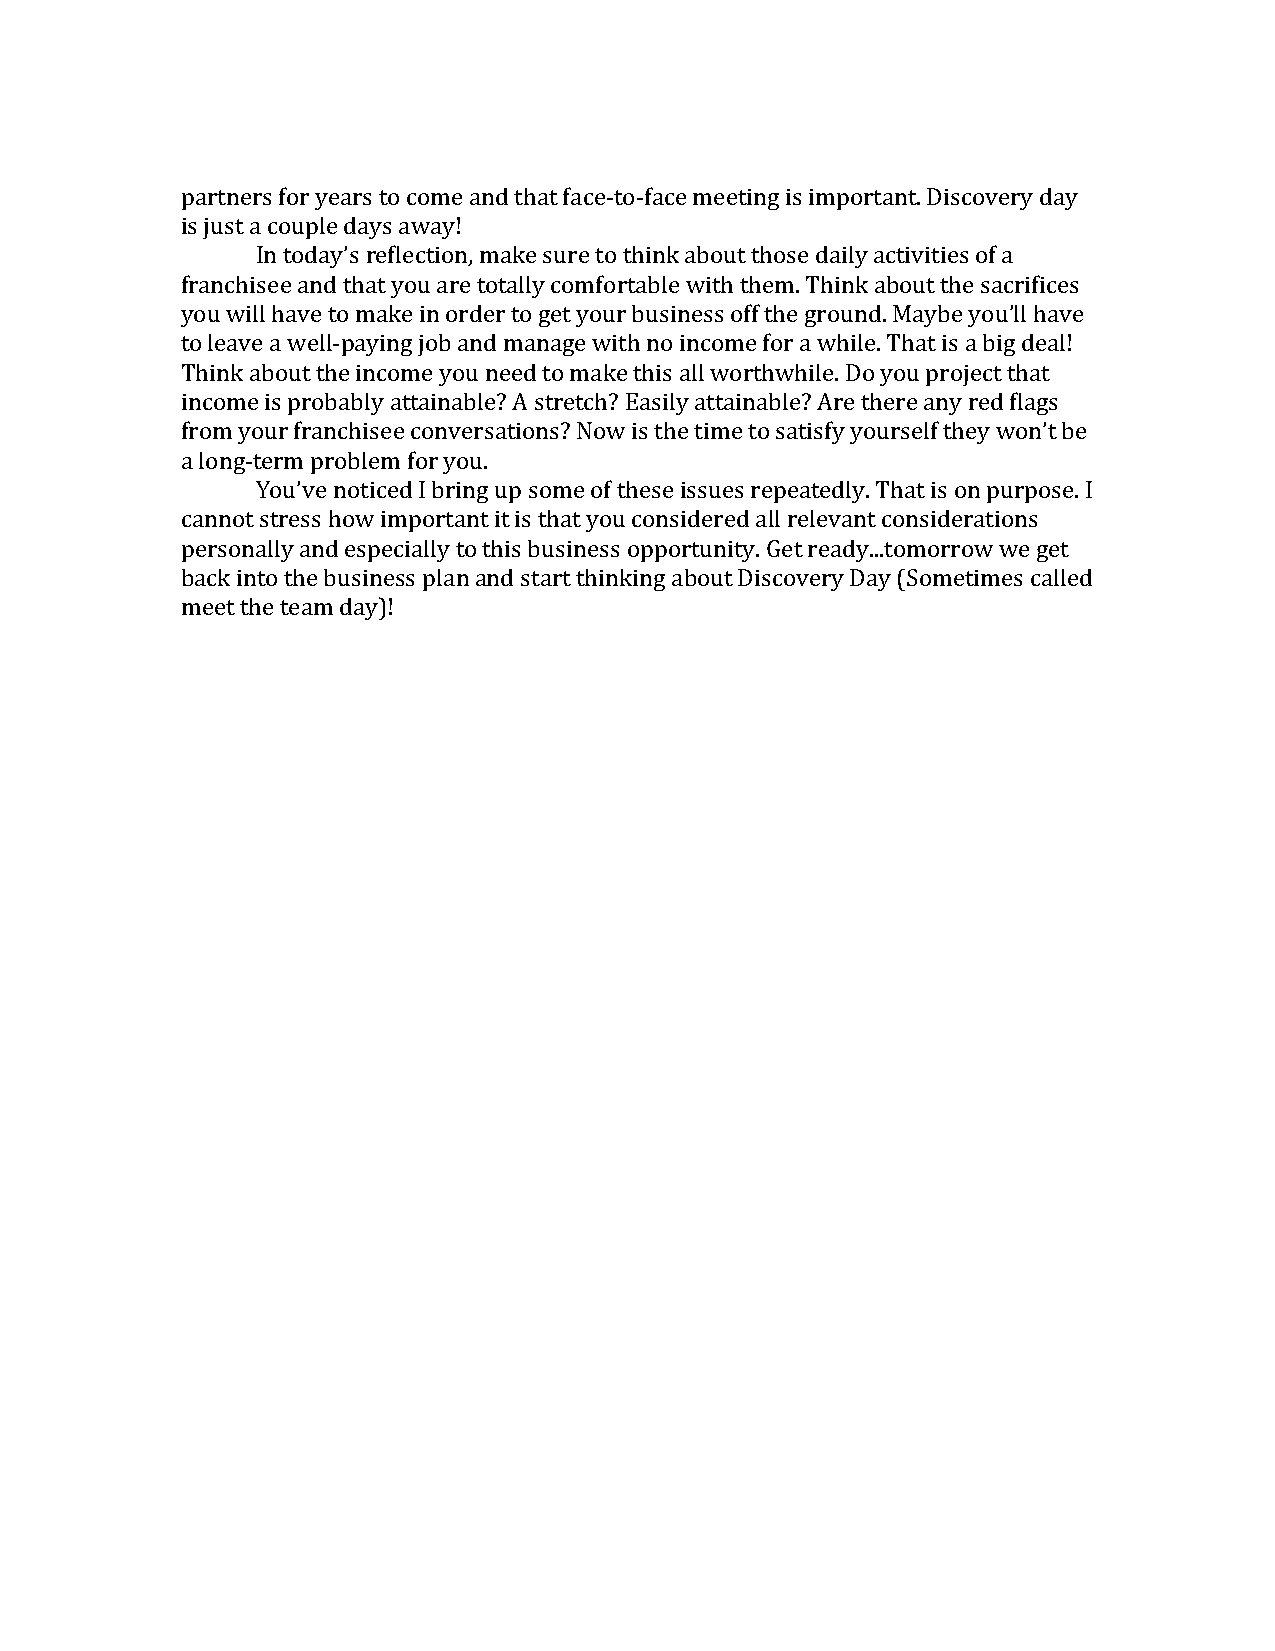
partners for years to come and that face-to-face meeting is important. Discovery day
 is just a couple days away!
 In today’s reflection, make sure to think about those daily activities of a
 franchisee and that you are totally comfortable with them. Think about the sacrifices
 you will have to make in order to get your business off the ground. Maybe you’ll have
 to leave a well-paying job and manage with no income for a while. That is a big deal!
 Think about the income you need to make this all worthwhile. Do you project that
 income is probably attainable? A stretch? Easily attainable? Are there any red flags
 from your franchisee conversations? Now is the time to satisfy yourself they won’t be
 a long-term problem for you.
 You’ve noticed I bring up some of these issues repeatedly. That is on purpose. I
 cannot stress how important it is that you considered all relevant considerations
 personally and especially to this business opportunity. Get ready...tomorrow we get
 back into the business plan and start thinking about Discovery Day (Sometimes called
 meet the team day)!